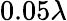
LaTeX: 0.05\lambda